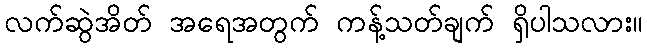
လက်ဆွဲအိတ် အရေအတွက် ကန့်သတ်ချက် ရှိပါသလား။